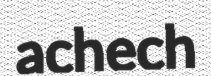
achech